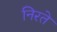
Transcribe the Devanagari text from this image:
निरते